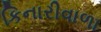
કિનારીવાળા